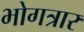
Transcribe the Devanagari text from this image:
भोगत्रार